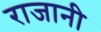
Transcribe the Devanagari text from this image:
राजानी